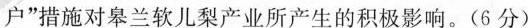
户$$”措施对皋兰软儿梨产业所产生的积极影响。(6分)